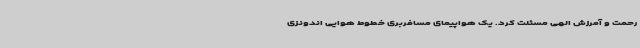
رحمت و آمرزش الهی مسئلت کرد. یک هواپیمای مسافربری خطوط هوایی اندونزی